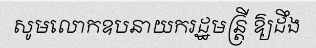
សូមលោកឧបនាយករដ្ឋមន្ត្រី ឱ្យដឹង